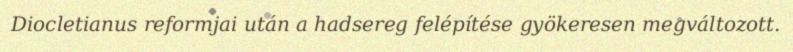
Diocletianus reformjai után a hadsereg felépítése gyökeresen megváltozott.